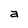
Character: a